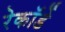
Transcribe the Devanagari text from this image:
रेकॉर्डे